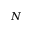
N